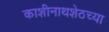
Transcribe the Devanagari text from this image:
काशीनाथशेठच्या